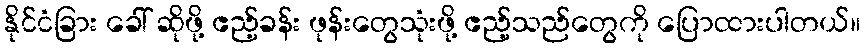
နိုင်ငံခြား ခေါ် ဆိုဖို့ ဧည့်ခန်း ဖုန်းတွေသုံးဖို့ ဧည့်သည်တွေကို ပြောထားပါတယ်။